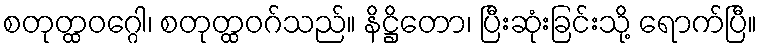
စတုတ္ထဝဂ္ဂေါ၊ စတုတ္ထဝဂ်သည်။ နိဋ္ဌိတော၊ ပြီးဆုံးခြင်းသို့ ရောက်ပြီ။